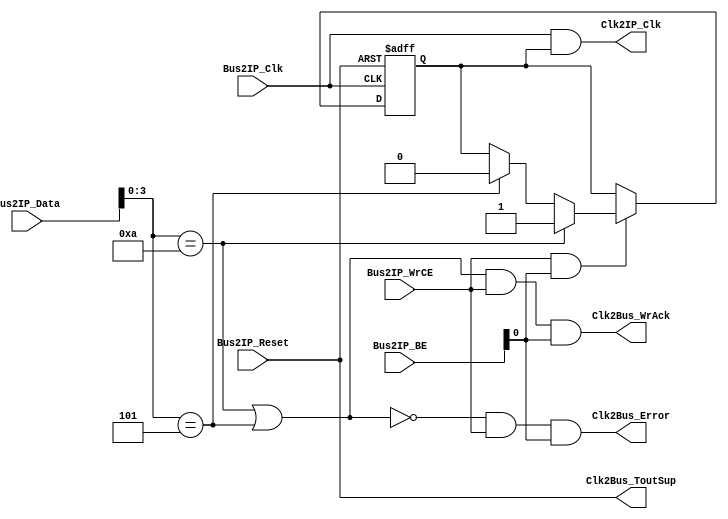
module soft_clock
#(parameter
	C_SIPIF_DWIDTH = 32
)
(
	//-- Inputs From the IPIF Bus ----
	input                                   Bus2IP_Reset     ,
	input                                   Bus2IP_Clk       ,
	input                                   Bus2IP_WrCE      ,
	input      [0:C_SIPIF_DWIDTH-1]         Bus2IP_Data      ,
	input      [0:(C_SIPIF_DWIDTH/8)-1]     Bus2IP_BE        ,
	
	//-- Final Device Clock Output ----
	output                                  Clk2IP_Clk       ,
	
	//-- Status Reply Outputs to the Bus ----
	output                                  Clk2Bus_WrAck    ,
	output                                  Clk2Bus_Error    ,
	output                                  Clk2Bus_ToutSup  
	
);

	localparam [0:3] CLOCK_ENABLE  = 4'b1010;
	localparam [0:3] CLOCK_DISABLE = 4'b0101;

	/* match or not */
	wire isc_enable_match  = (Bus2IP_Data[C_SIPIF_DWIDTH-4:C_SIPIF_DWIDTH-1] == CLOCK_ENABLE);
	wire isc_disable_match = (Bus2IP_Data[C_SIPIF_DWIDTH-4:C_SIPIF_DWIDTH-1] == CLOCK_DISABLE);
	wire isc_match    = isc_enable_match | isc_disable_match;
	wire isc_mismatch = ~(isc_enable_match | isc_disable_match);
	wire isc_be_match = (Bus2IP_BE[(C_SIPIF_DWIDTH/8)-1:(C_SIPIF_DWIDTH/8)-1] == 1'b1);

	/* clock enable & error */
	reg isr_ce;
	always @(posedge Bus2IP_Clk or posedge Bus2IP_Reset) begin
		if (Bus2IP_Reset) begin 
			isr_ce <= 1'b1;
		end else begin 
			if (Bus2IP_WrCE && isc_be_match) begin
				isr_ce <= 
					isc_enable_match?  1'b1: 
					isc_disable_match? 1'b0: isr_ce;
			end
		end
	end
	
	reg isr_error;
	always @(posedge Bus2IP_Clk or posedge Bus2IP_Reset) begin
		if (Bus2IP_Reset) begin 
			isr_error <= 1'b0;
		end else begin 
			if (Bus2IP_WrCE) begin
				isr_error <= isc_mismatch? 1'b1: 1'b0;
			end
		end
	end
	
	/* clock output */
	assign Clk2IP_Clk = Bus2IP_Clk & isr_ce;
	
	/* acknowlegement or error */
	assign Clk2Bus_WrAck   = isc_match & Bus2IP_WrCE & isc_be_match;
	assign Clk2Bus_Error   = isc_mismatch & Bus2IP_WrCE & isc_be_match;
	assign Clk2Bus_ToutSup = Bus2IP_Reset;
	
endmodule